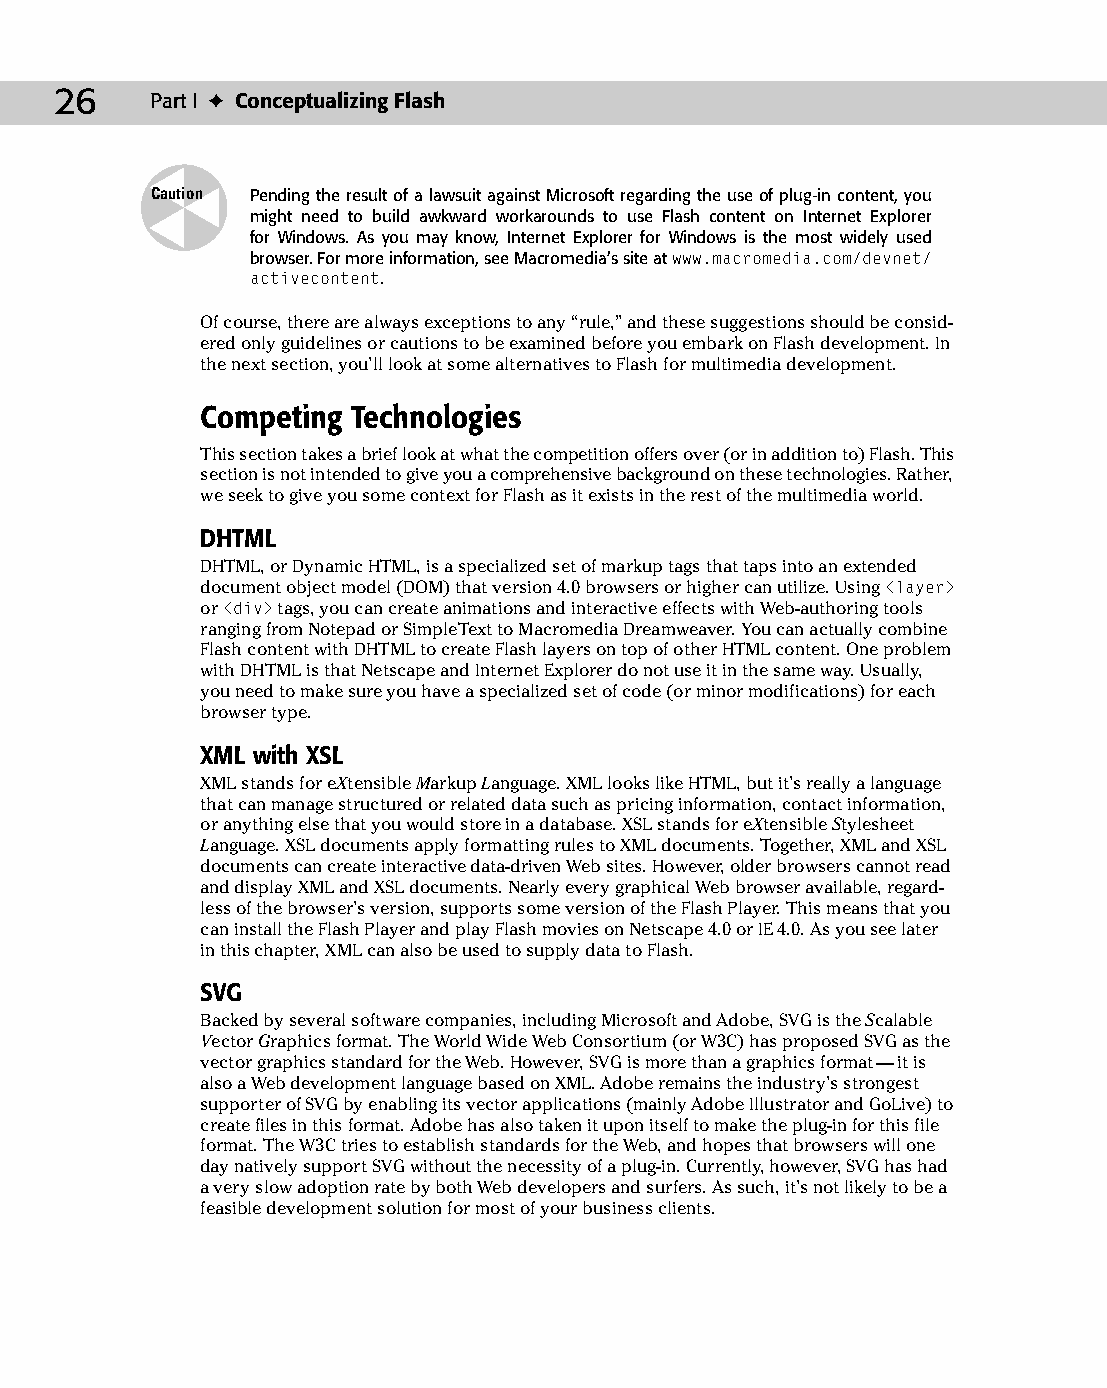
04 543547 ch02.qxd 3/24/04 3:51 PM Page 26
 26    Part I ✦ Conceptualizing Flash
 Caution Pending the result of a lawsuit against Microsoft regarding the use of plug-in content, you
 might need to build awkward workarounds to use Flash content on Internet Explorer
 for Windows. As you may know, Internet Explorer for Windows is the most widely used
 browser. For more information, see Macromedia’s site at www.macromedia.com/devnet/
 activecontent.
 Of course, there are always exceptions to any “rule,” and these suggestions should be consid­
 ered only guidelines or cautions to be examined before you embark on Flash development. In
 the next section, you’ll look at some alternatives to Flash for multimedia development.
 Competing Technologies
 This section takes a brief look at what the competition offers over (or in addition to) Flash. This
 section is not intended to give you a comprehensive background on these technologies. Rather,
 we seek to give you some context for Flash as it exists in the rest of the multimedia world.
 DHTML
 DHTML, or Dynamic HTML, is a specialized set of markup tags that taps into an extended
 document object model (DOM) that version 4.0 browsers or higher can utilize. Using <layer>
 or <div> tags, you can create animations and interactive effects with Web-authoring tools
 ranging from Notepad or SimpleText to Macromedia Dreamweaver. You can actually combine
 Flash content with DHTML to create Flash layers on top of other HTML content. One problem
 with DHTML is that Netscape and Internet Explorer do not use it in the same way. Usually,
 you need to make sure you have a specialized set of code (or minor modifications) for each
 browser type.
 XML with XSL
 XML stands for eXtensible Markup Language. XML looks like HTML, but it’s really a language
 that can manage structured or related data such as pricing information, contact information,
 or anything else that you would store in a database. XSL stands for eXtensible Stylesheet
 Language. XSL documents apply formatting rules to XML documents. Together, XML and XSL
 documents can create interactive data-driven Web sites. However, older browsers cannot read
 and display XML and XSL documents. Nearly every graphical Web browser available, regard­
 less of the browser’s version, supports some version of the Flash Player. This means that you
 can install the Flash Player and play Flash movies on Netscape 4.0 or IE 4.0. As you see later
 in this chapter, XML can also be used to supply data to Flash.
 SVG
 Backed by several software companies, including Microsoft and Adobe, SVG is the Scalable
 Vector Graphics format. The World Wide Web Consortium (or W3C) has proposed SVG as the
 vector graphics standard for the Web. However, SVG is more than a graphics format — it is
 also a Web development language based on XML. Adobe remains the industry’s strongest
 supporter of SVG by enabling its vector applications (mainly Adobe Illustrator and GoLive) to
 create files in this format. Adobe has also taken it upon itself to make the plug-in for this file
 format. The W3C tries to establish standards for the Web, and hopes that browsers will one
 day natively support SVG without the necessity of a plug-in. Currently, however, SVG has had
 a very slow adoption rate by both Web developers and surfers. As such, it’s not likely to be a
 feasible development solution for most of your business clients.